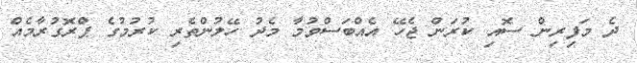
ދެ މަފިރިން ސޮއި ކުރަން ޖެހޭ އެއްބަސްވުމާ މެދު ހޭލުންތެރި ކުރުމުގެ ޕްރޮގުރާމެއް